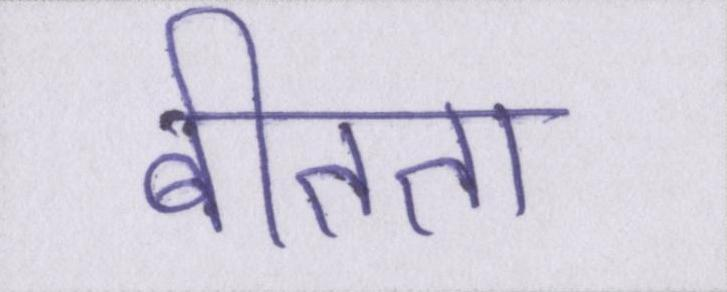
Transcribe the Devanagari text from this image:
बीतता